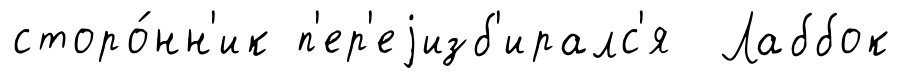
сторо́нн'ик п'ер'еjизб'иралс'я Лаббок